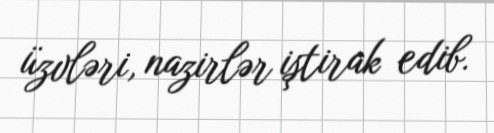
üzvləri, nazirlər iştirak edib.